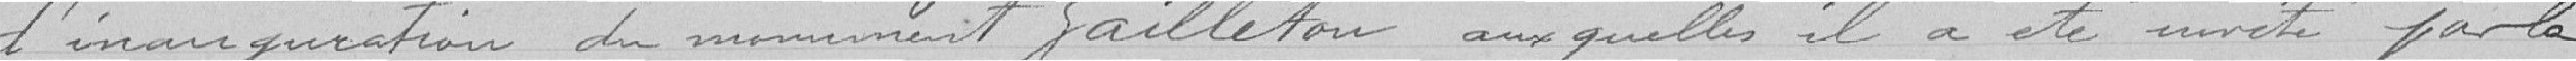
d'inauguration du monument Failleton auxquelles il a été invité par la